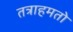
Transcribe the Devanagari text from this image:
तत्राहमतो